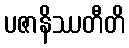
ပဇာနိဿတီတိ